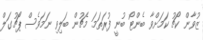
ޒުވާން ކޯޗު ކަމަށްވާ ބެންޓޯ ބުނީ ފުރަތަމަ މެޗުން ބަލިވި ނަމަވެސް ޕޯޗުގަލް